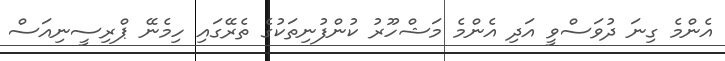
އެންމެ ގިނަ ދުވަސްވީ އަދި އެންމެ މަޝްހޫރު ކުންފުނިތަކުގެ ތެރޭގައި ހިމެނޭ ޕްރިސީނިއަސް